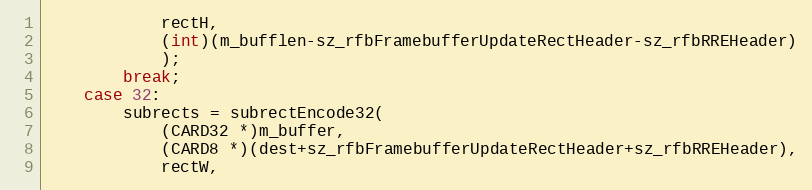
Language: C++
			rectH,
			(int)(m_bufflen-sz_rfbFramebufferUpdateRectHeader-sz_rfbRREHeader)
			);
		break;
	case 32:
		subrects = subrectEncode32(
			(CARD32 *)m_buffer,
			(CARD8 *)(dest+sz_rfbFramebufferUpdateRectHeader+sz_rfbRREHeader),
			rectW,